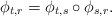
LaTeX: \begin{align*}\phi_{t,r} = \phi_{t,s} \circ \phi_{s,r}.\end{align*}